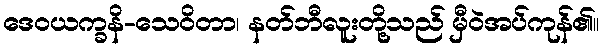
ဒေဝယက္ခနိ-သေဝိတာ၊ နတ်ဘီလူးတို့သည် မှီဝဲအပ်ကုန်၏။